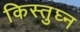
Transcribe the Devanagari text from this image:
किस्तुघ्न